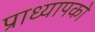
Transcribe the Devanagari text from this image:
प्राध्यापको